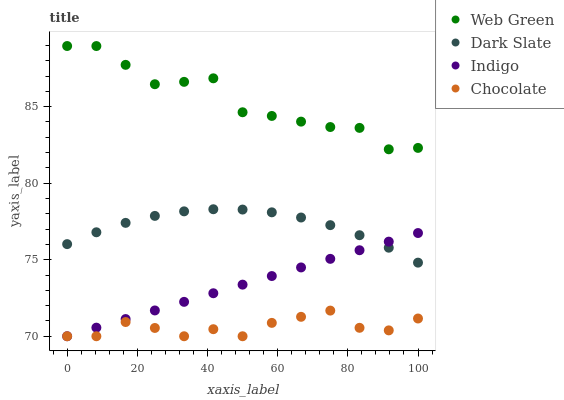
| xaxis_label | Web Green | Dark Slate | Indigo | Chocolate |
 | --- | --- | --- | --- | --- |
 | 0 | 89 | 76 | 70 | 70 |
 | 8.33 | 89 | 76.8 | 70.6 | 70 |
 | 16.7 | 87.7 | 77.4 | 71.1 | 70.9 |
 | 25 | 86.5 | 77.9 | 71.7 | 70.5 |
 | 33.3 | 86.6 | 78.2 | 72.2 | 70 |
 | 41.7 | 86.9 | 78.3 | 72.8 | 70.5 |
 | 50 | 84.6 | 78.3 | 73.4 | 70 |
 | 58.3 | 84.4 | 78.1 | 73.9 | 70.9 |
 | 66.7 | 84 | 77.8 | 74.5 | 71.3 |
 | 75 | 83.7 | 77.3 | 75.1 | 71.7 |
 | 83.3 | 83.6 | 76.6 | 75.6 | 70.6 |
 | 91.7 | 82.2 | 75.8 | 76.2 | 70.4 |
 | 100 | 82.3 | 74.8 | 76.7 | 71.2 |